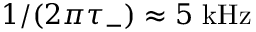
1 / ( 2 \pi \tau _ { - } ) \approx 5 \ \mathrm { k H z }